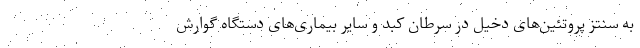
به سنتز پروتئین‌های دخیل در سرطان کبد و سایر بیماری‌های دستگاه گوارش